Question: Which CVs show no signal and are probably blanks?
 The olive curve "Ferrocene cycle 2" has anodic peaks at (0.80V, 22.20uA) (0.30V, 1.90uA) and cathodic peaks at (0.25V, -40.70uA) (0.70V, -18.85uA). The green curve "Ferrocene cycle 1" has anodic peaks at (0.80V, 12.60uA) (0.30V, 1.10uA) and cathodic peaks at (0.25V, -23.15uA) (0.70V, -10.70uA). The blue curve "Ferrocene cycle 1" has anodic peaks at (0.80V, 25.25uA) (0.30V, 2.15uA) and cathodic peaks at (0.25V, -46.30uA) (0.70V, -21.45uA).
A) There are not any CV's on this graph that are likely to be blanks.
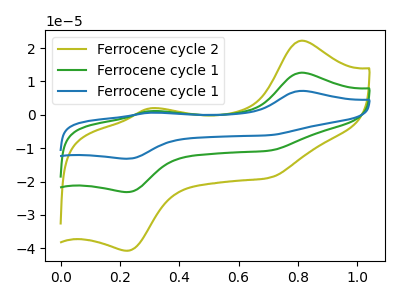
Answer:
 <answer>A) There are not any CV's on this graph that are likely to be blanks.</answer>
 <eval>A</eval>